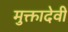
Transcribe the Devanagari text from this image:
मुक्तादेवी